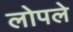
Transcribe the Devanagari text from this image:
लोपले